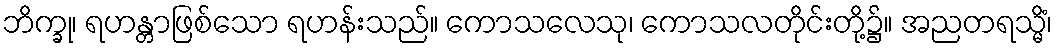
ဘိက္ခု၊ ရဟန္တာဖြစ်သော ရဟန်းသည်။ ကောသလေသု၊ ကောသလတိုင်းတို့၌။ အညတရသ္မိံ၊